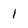
Character: 1